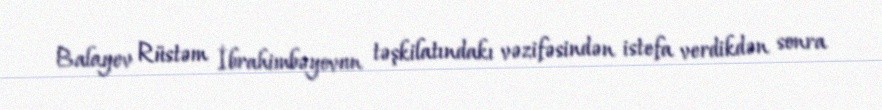
Balayev Rüstəm İbrahimbəyovun təşkilatındakı vəzifəsindən istefa verdikdən sonra